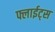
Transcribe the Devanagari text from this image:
फ्लाईट्स